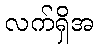
လက်ရှိအ